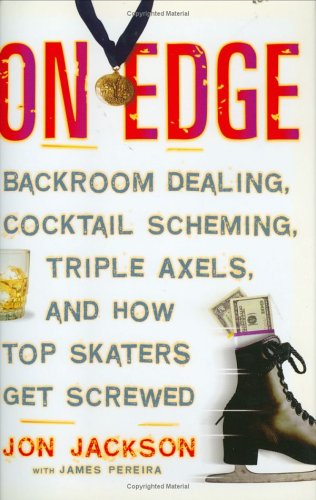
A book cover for On Edge: Backroom Dealing, Cocktail Scheming, Triple Axels, and How Top Skaters Get Screwed; Jon Jackson; Sports & Outdoors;